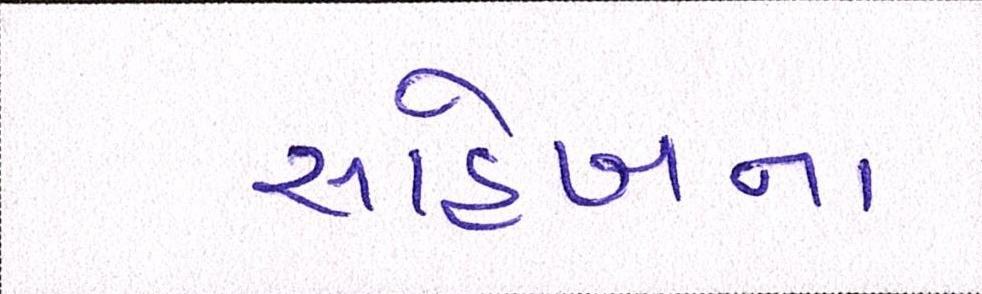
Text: સાહેબના